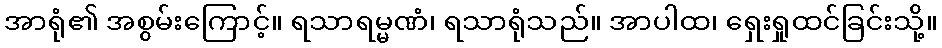
အာရုံ၏ အစွမ်းကြောင့်။ ရသာရမ္မဏံ၊ ရသာရုံသည်။ အာပါထ၊ ရှေးရှုထင်ခြင်းသို့။